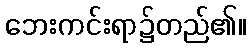
ဘေးကင်းရာ၌တည်၏။